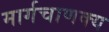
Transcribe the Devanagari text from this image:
मार्गचाणक्य